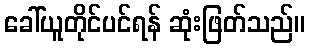
ခေါ်ယူတိုင်ပင်ရန် ဆုံးဖြတ်သည်။